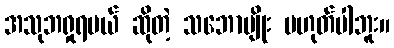
အသုဘရှုရမယ် ဆိုတဲ့ သဘောမျိုး မဟုတ်ပါဘူး။